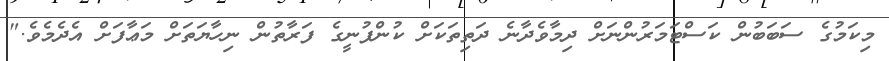
މިކަމުގެ ސަބަބުން ކަސްޓަމަރުންނަށް ދިމާވެދާނެ ދަތިތަކަށް ކުންފުނީގެ ފަރާތުން ނިހާޔަތަށް މަޢާފަށް އެދެމެވެ."